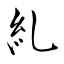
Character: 糺